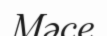
Мәсе